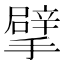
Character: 擘